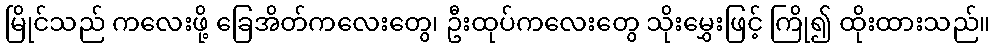
မြိုင်သည် ကလေးဖို့ ခြေအိတ်ကလေးတွေ၊ ဦးထုပ်ကလေးတွေ သိုးမွှေးဖြင့် ကြို၍ ထိုးထားသည်။